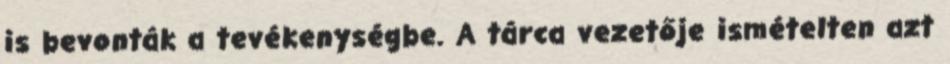
is bevonták a tevékenységbe. A tárca vezetője ismételten azt